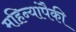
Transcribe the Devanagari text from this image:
महिन्यांपैकी